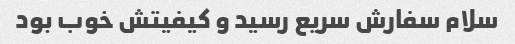
سلام سفارش سریع رسید و کیفیتش خوب بود